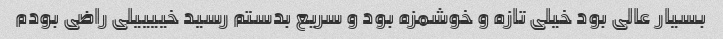
بسیار عالی بود خیلی تازه و خوشمزه بود و سریع بدستم رسید خییییلی راضی بودم